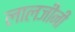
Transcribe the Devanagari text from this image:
लालजींनी